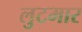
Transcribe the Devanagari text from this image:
लुटमार